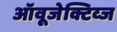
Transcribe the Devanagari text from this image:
ऑवूजेक्टिव्ज